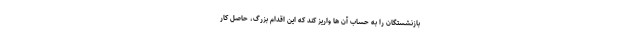
بازنشستگان را به حساب آن ها واریز کند که این اقدام بزرگ، حاصل کار